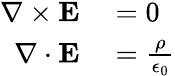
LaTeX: \begin{array}{rl}{\mathbf{\nabla\times E}}&{{}=0}\\ {\mathbf{\nabla\cdot E}}&{{}={\frac{\rho}{\epsilon_{0}}}}\end{array}